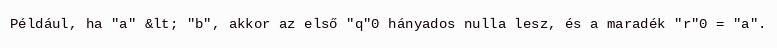
Például, ha "a" &lt; "b", akkor az első "q"0 hányados nulla lesz, és a maradék "r"0 = "a".